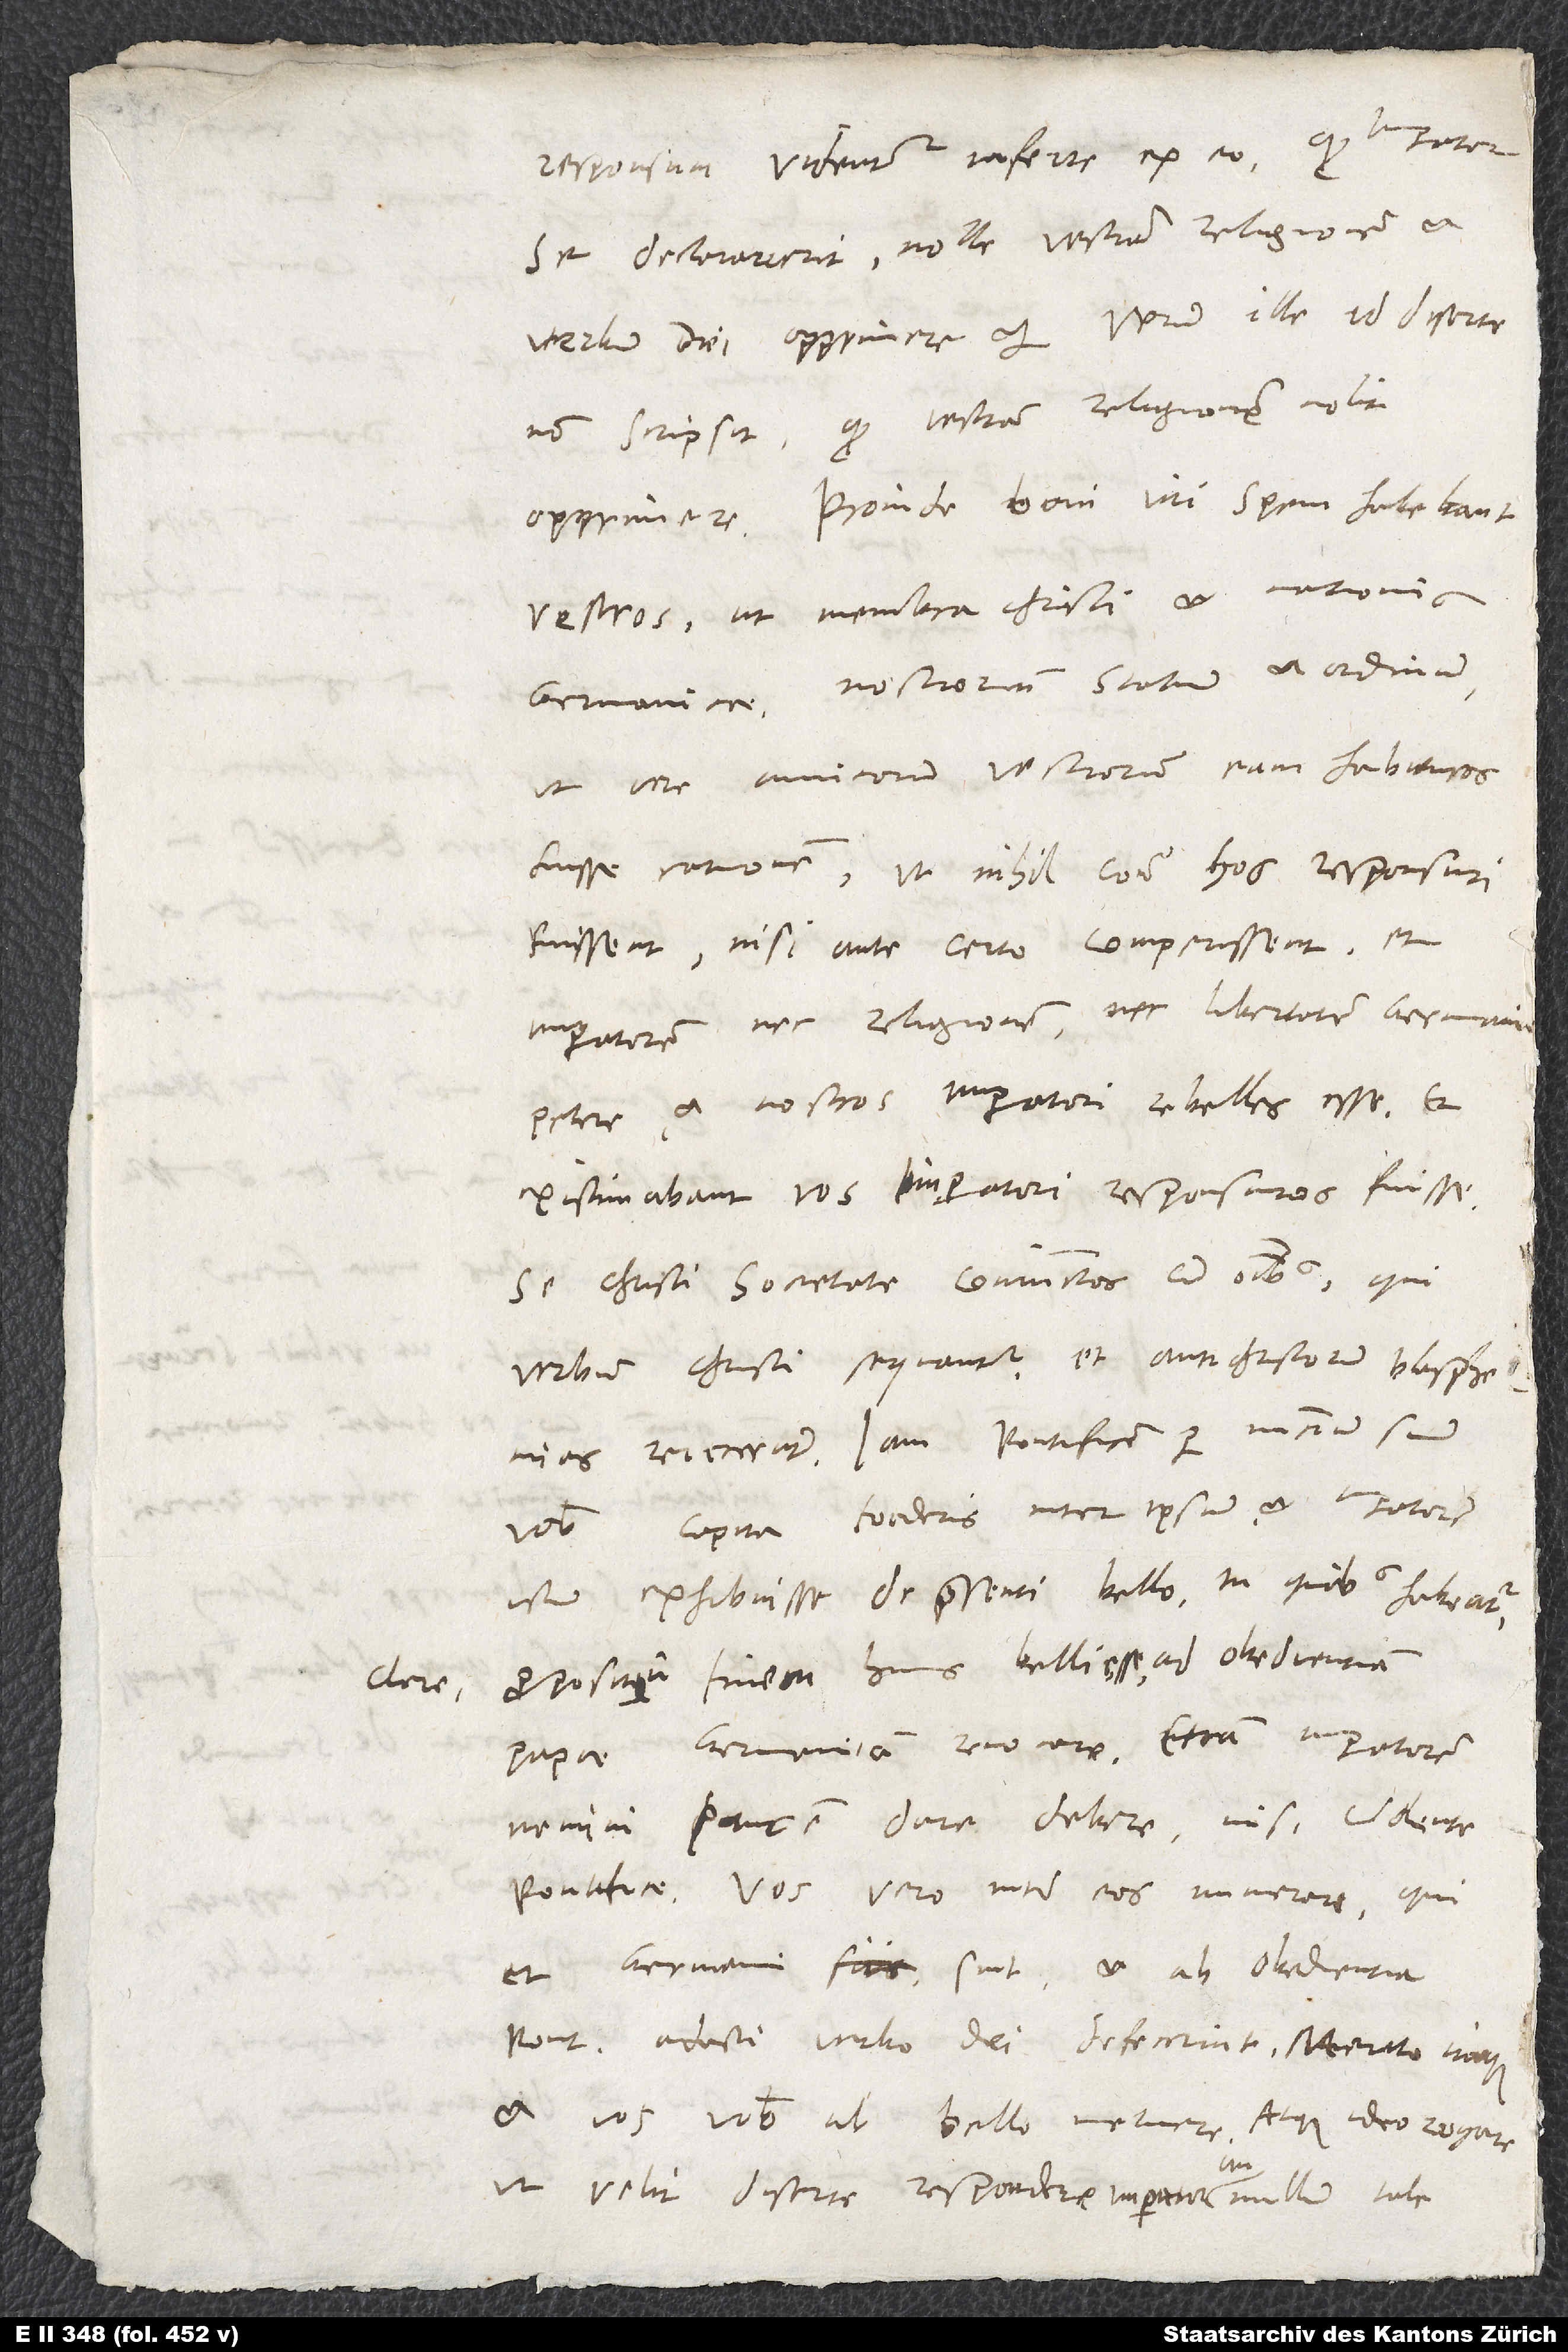
clare

se declaraverit nolle vestram religionem et
verbum dei opprimere, etc. Verum ille id diserte
non scripsit, quod vestram religionem nolit
opprimere. Proinde boni viri spem habebant
vestros, ut membra Christi et nationis
Germanicae, nostrorum statuum et ordinum
(ut vere amicorum vestrorum), eam habituros
fuisse rationem, ut nihil contra hos responsuri
fuissent, nisi ante certo comperissent et
imperatorem nec religionem nec libertatem Germaniae
petere et nostros imperatori rebelles esse. Et
existimabant vos imperatori responsuros fuisse
se Christi societate coniunctos cum omnibus, qui
verbum Christi sequuntur et antichristorum blasphemias
vobis capita foederis inter ipsum et imperatorem
icti exhibuisse de praesenti bello, in quibus habeatur
propositum finem huius belli esse ad obedientiam
papae Germaniam revocare. Etiam imperatorem
nemini pacem dare debere nisi volente
pontifice. Vos vero inter eos numerari, qui
et Germani sint et ab obedientia
pontificis adacti verbo dei defecerint. Merito itaque
et vos vobis ab bello metuere atque ideo rogare,
ut velit diserte respondere imperator, an nullum tale